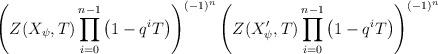
LaTeX: \begin{gather*} \left(Z(X_{\psi},T)\prod_{i=0}^{n-1}\big(1-q^iT\big) \right)^{(-1)^{n}} \left(Z(X'_{\psi},T)\prod_{i=0}^{n-1}\big(1-q^iT\big) \right)^{(-1)^{n}}\end{gather*}